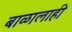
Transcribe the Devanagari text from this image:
बाळालाही